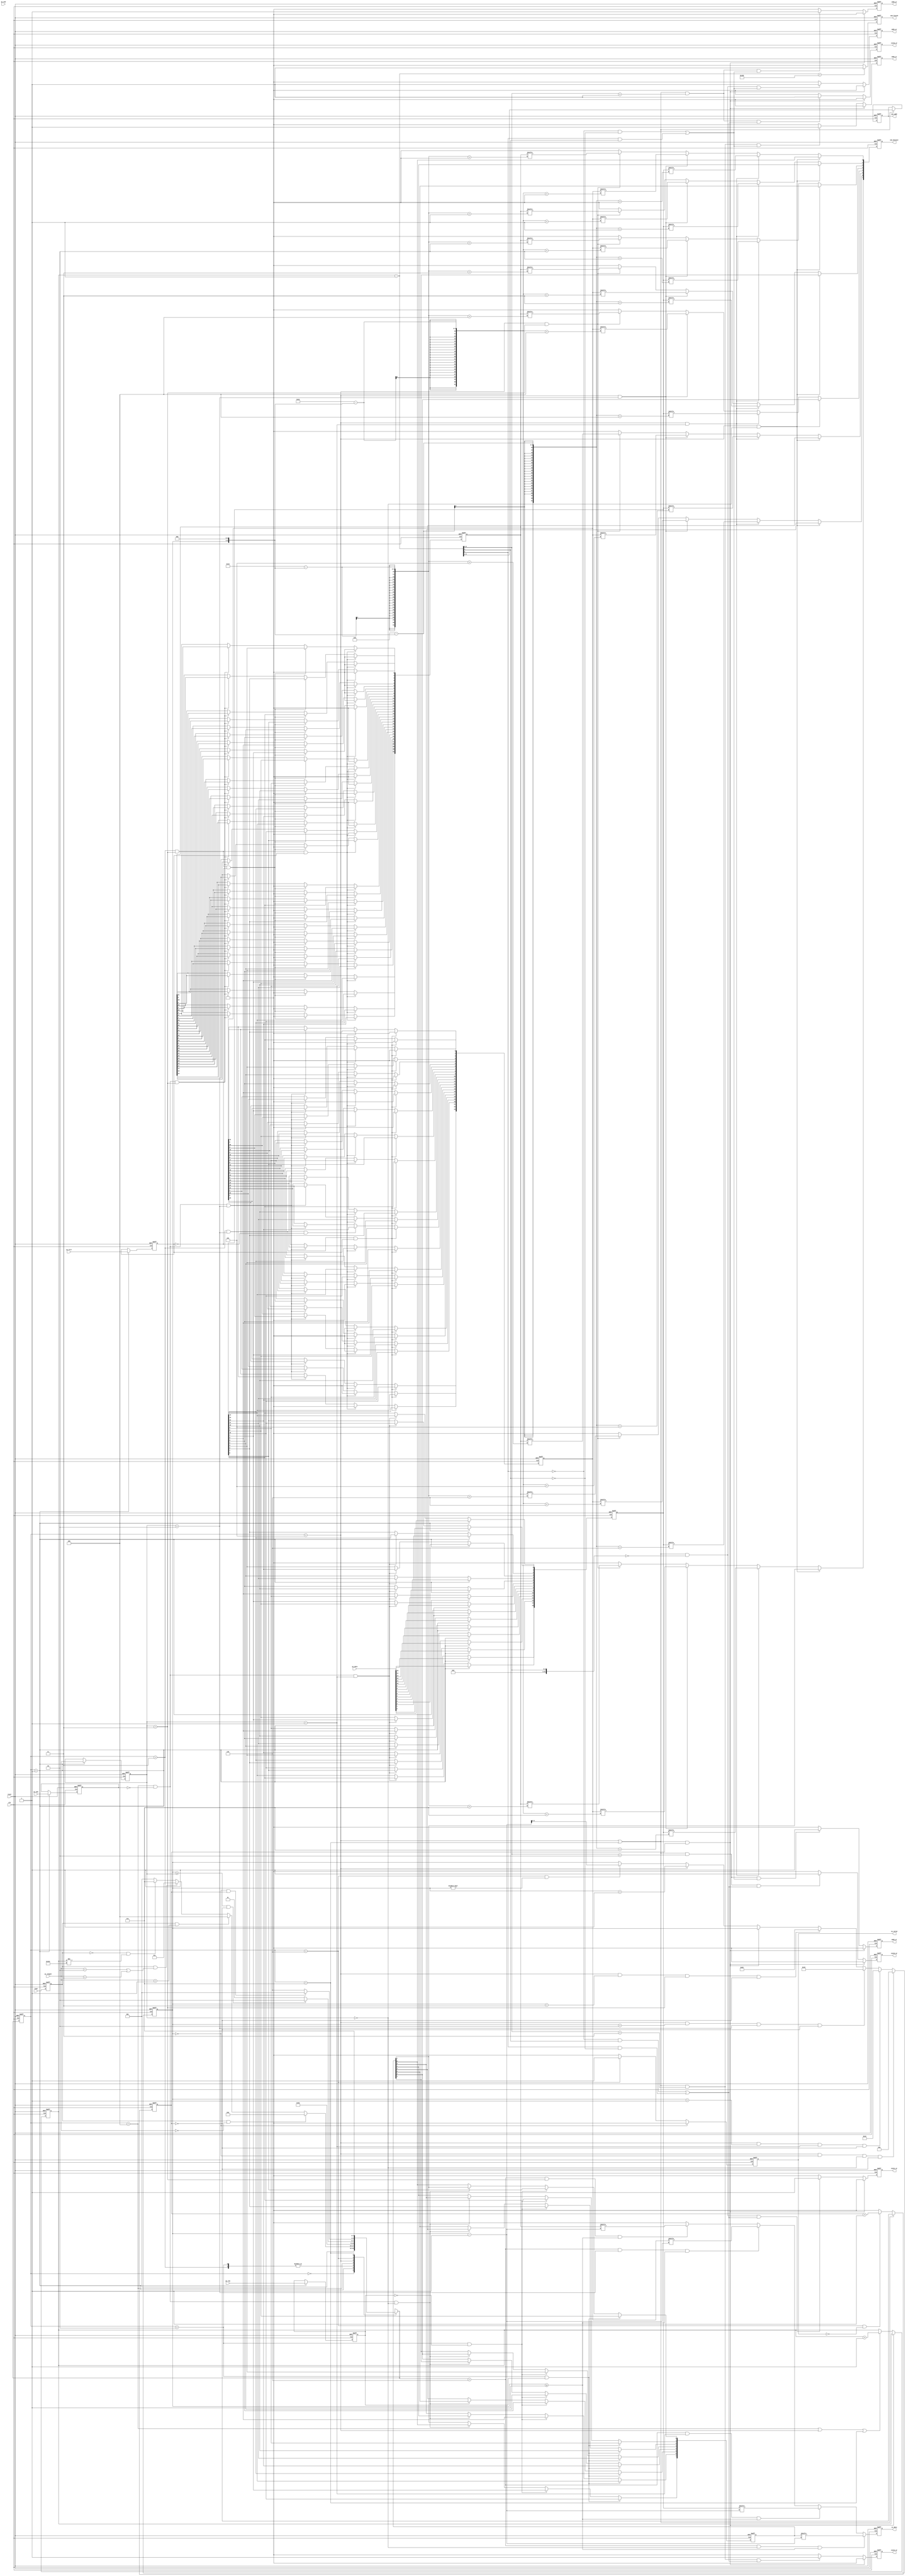
module STI_DAC(clk ,reset, load, pi_data, pi_length, pi_fill, pi_msb, pi_low, pi_end,
	       so_data, so_valid,
	       oem_finish, oem_dataout, oem_addr,
	       odd1_wr, odd2_wr, odd3_wr, odd4_wr, even1_wr, even2_wr, even3_wr, even4_wr);

input		clk, reset;
input		load, pi_msb, pi_low, pi_end; 
input	[15:0]	pi_data;
input	[1:0]	pi_length;
input		pi_fill;
output		so_data, so_valid;

output  oem_finish, odd1_wr, odd2_wr, odd3_wr, odd4_wr, even1_wr, even2_wr, even3_wr, even4_wr;
output [4:0] oem_addr;
output [7:0] oem_dataout;

//==============================================================================
reg so_data;
reg so_valid;

reg oem_finish;
reg odd1_wr;
reg odd2_wr;
reg odd3_wr;
reg odd4_wr;
reg even1_wr;
reg even2_wr;
reg even3_wr;
reg even4_wr;
reg [4:0] oem_addr;
reg [7:0] oem_dataout;

reg [2:0] state ;
reg [2:0] next_state;

reg [15:0] pi_data_reg ;
reg [1:0] pi_length_reg;
reg pi_low_reg;
reg pi_fill_reg;
reg pi_msb_reg;

reg [7:0] pi_length_0_reg;
//reg [15:0] pi_length_1_reg;
reg [23:0] pi_length_2_reg;
reg [31:0] pi_length_3_reg ;

reg [8:0] mem_count;
reg [5:0] so_mem_count;

reg load_counter;
reg load_flag;

always @(posedge clk or posedge reset) begin
	if(reset)
		load_flag <= 0;
	else
		load_flag <= load;
end


integer n;

parameter IDLE = 0;
parameter GET_DATA = 1;
parameter PI_LOW = 2;
parameter PI_FILL = 3;
parameter PI_MSB = 4;
parameter STORE = 5;
parameter SO_OUT = 6;
parameter STORE_0 = 7;


always @(posedge clk or posedge reset) begin
	if(reset)
		load_counter <= 0;
	else if ((state == STORE || state == STORE_0 ))
		load_counter <= !load_counter;
	else if (state == SO_OUT && (!so_valid))
		load_counter <= load_counter + 1;
	else 
		load_counter <= 0;
end


always @(*) begin
	case(state)
		IDLE:next_state=GET_DATA;
		GET_DATA:begin
			if(load_flag && pi_length==0)
				next_state=PI_LOW;
			else if(load_flag && pi_length==1)
				next_state=PI_MSB;
			else if(load_flag && (pi_length==2 || pi_length==3))
				next_state=PI_FILL;
			else if(!load_flag && mem_count!=257)
				next_state=STORE_0;
			else
				next_state=GET_DATA;
		end
		PI_LOW:next_state=PI_MSB;
		PI_FILL:next_state=PI_MSB;
		PI_MSB:next_state=STORE;
		STORE:next_state=(so_mem_count>=pi_length_reg && (!load_counter)) ?SO_OUT:STORE;
		SO_OUT:next_state=(so_mem_count==0 && load_counter )? GET_DATA : SO_OUT;
		STORE_0:next_state=STORE_0;
		default:next_state=IDLE;
	endcase
end




always @(posedge clk or posedge reset) begin
	if(reset)
		state<=IDLE;
	else
		state<=next_state;
end

always @(posedge clk or posedge reset) begin
	if(reset)
		pi_length_reg<=0;
	else if(state==GET_DATA)
		pi_length_reg<=pi_length;
	else
		pi_length_reg<=pi_length_reg;
end

always @(posedge clk or posedge reset) begin
	if(reset)
		pi_low_reg<=0;
	else if(state==GET_DATA)
		pi_low_reg<=pi_low;
	else
		pi_low_reg<=pi_low_reg;
end

always @(posedge clk or posedge reset) begin
	if(reset)
		pi_msb_reg<=0;
	else if(state==GET_DATA)
		pi_msb_reg<=pi_msb;
	else
		pi_msb_reg<=pi_msb_reg;
end

always @(posedge clk or posedge reset) begin
	if(reset)
		pi_fill_reg<=0;
	else if(state==GET_DATA)
		pi_fill_reg<=pi_fill;
	else
		pi_fill_reg<=pi_fill_reg;
end

always @(posedge clk or posedge reset) begin
	if(reset)
		pi_data_reg<=0;
	else if(state==GET_DATA)
		pi_data_reg<=pi_data;
	else if(state==PI_MSB && !pi_msb_reg && pi_length_reg==1)begin
		for(n = 0; n < 16; n=n+1)begin
			pi_data_reg[n] <= pi_data_reg[15-n];
		end
	end
	else
		pi_data_reg<=pi_data_reg;
end

always @(posedge clk or posedge reset) begin
	if(reset)
		pi_length_0_reg<=0;
	else if(state==PI_LOW && pi_low_reg)
		pi_length_0_reg<=pi_data_reg[15:8];
	else if(state==PI_LOW && !pi_low_reg)
		pi_length_0_reg<=pi_data_reg[7:0];
	else if(state==PI_MSB && !pi_msb_reg && pi_length_reg==0)begin
		for(n = 0; n < 8; n=n+1)begin
			pi_length_0_reg[n] <= pi_length_0_reg[7-n];
		end
	end
	else
		pi_length_0_reg<=pi_length_0_reg;

end

always @(posedge clk or posedge reset) begin
	if(reset)
		pi_length_2_reg<=0;
	else if(state==PI_FILL && pi_length_reg==2 && pi_fill_reg)
		pi_length_2_reg<={pi_data_reg,{8{1'b0}}};
	else if(state==PI_FILL && pi_length_reg==2 && !pi_fill_reg)
		pi_length_2_reg<={{8{1'b0}},pi_data_reg};
	else if(state==PI_MSB && !pi_msb_reg && pi_length_reg==2)begin
		for(n = 0; n < 24; n=n+1)begin
			pi_length_2_reg[n] <= pi_length_2_reg[23 - n];
		end
	end
	else
		pi_length_2_reg<=pi_length_2_reg;
end

always @(posedge clk or posedge reset) begin
	if(reset)
		pi_length_3_reg<=0;
	else if(state==PI_FILL && pi_length_reg==3 && pi_fill_reg)
		pi_length_3_reg<={pi_data_reg,{16{1'b0}}};
	else if(state==PI_FILL && pi_length_reg==3 && !pi_fill_reg)
		pi_length_3_reg<={{16{1'b0}},pi_data_reg};
	else if(state==PI_MSB && !pi_msb_reg && pi_length_reg==3)begin
		for(n = 0; n < 32; n=n+1)begin
			pi_length_3_reg[n] <= pi_length_3_reg[31-n];
		end
	end
	else
		pi_length_3_reg<=pi_length_3_reg;
end

always @(posedge clk or posedge reset) begin
	if(reset)
		mem_count<=0;
	else if( (state==STORE || state == STORE_0) && load_counter)
		mem_count<=mem_count;
	else if( state == PI_MSB ||  state==STORE || state == STORE_0)//!
		mem_count<=mem_count+1;
	
	else
		mem_count<=mem_count;
end

always @(posedge clk or posedge reset) begin
	if(reset)
		so_mem_count<=0;

	else if(state==STORE && so_mem_count==0 && pi_length_reg==0 && !load_counter)
		so_mem_count<=8;
	else if(state==STORE && so_mem_count==1 && pi_length_reg==1 && !load_counter)
		so_mem_count<=16;
	else if(state==STORE && so_mem_count==2 && pi_length_reg==2 && !load_counter)
		so_mem_count<=24;
	else if(state==STORE && so_mem_count==3 && pi_length_reg==3 && !load_counter)
		so_mem_count<=32;
	else if((state == STORE || state == STORE_0 ) && load_counter)//!
		so_mem_count <= so_mem_count;
	else if(state==STORE)
		so_mem_count<=so_mem_count+1;
	else if(state==SO_OUT && so_mem_count!=0)
		so_mem_count<=so_mem_count-1;
	else
		so_mem_count<=so_mem_count;
end

wire [8:0] mem_count_minus1;
assign mem_count_minus1 = mem_count -1 ;

always @(posedge clk or posedge reset) begin
	if(reset)
		oem_addr<=0;
	else if(state==STORE|| state == STORE_0)
		oem_addr<=((mem_count_minus1[5:0]) >> 1) ;//(mem_count[5:0]>>1);
	
	else 
		oem_addr<=oem_addr;
end

always @(posedge clk or posedge reset) begin
	if(reset)
		oem_dataout<=0;
	else if(state==STORE && pi_length_reg==0)
		oem_dataout<=pi_length_0_reg;
	else if(state==STORE && pi_length_reg==1)begin
			for(n = 0; n < 8 ; n=n+1)begin
				oem_dataout[n] <= pi_data_reg[(8-(so_mem_count<<3)) + n];
		end
		end
		//oem_dataout<=pi_data_reg[(15-(so_mem_count<<3)):(15-(so_mem_count<<3)-7)];
	else if(state==STORE && pi_length_reg==2)begin
			for(n = 0; n < 8 ; n=n+1)begin
				oem_dataout[n] <= pi_length_2_reg[(16-(so_mem_count<<3)) + n];
		end
		end
		//oem_dataout<=pi_length_2_reg[(23-(so_mem_count<<3)):(23-(so_mem_count<<3)-7)];
	else if(state==STORE && pi_length_reg==3)begin
			for(n = 0; n < 8 ; n=n+1)begin
				oem_dataout[n] <= pi_length_3_reg[(24-(so_mem_count<<3)) + n];
		end
		end
		//oem_dataout<=pi_length_3_reg[(31-(so_mem_count<<3)):(31-(so_mem_count<<3)-7)];
	else if(state==STORE_0)
		oem_dataout<=0;
	else
		oem_dataout<=0;
end

wire [4:0] mem_count_shift;
assign mem_count_shift = mem_count_minus1>>3;

always @(posedge clk or posedge reset) begin
	if(reset)
		odd1_wr<=0;
	else if((state == STORE || state == STORE_0 ) && load_counter)
		odd1_wr <=0;
	else if((state==STORE || state==STORE_0) && ( mem_count_minus1>>6)==0 && ((! mem_count_minus1[0] && (mem_count_shift[0]==0) || ( mem_count_minus1[0] && (mem_count_shift[0]==1)))) )
		odd1_wr<=1;
	else 
		odd1_wr<=0;
end

always @(posedge clk or posedge reset) begin
	if(reset)
		odd2_wr<=0;
	else if((state == STORE || state == STORE_0 ) && load_counter)
		odd2_wr <=0;
	else if((state==STORE || state==STORE_0) && ( mem_count_minus1>>6)==1 && ((! mem_count_minus1[0] && (mem_count_shift[0]==0) || ( mem_count_minus1[0] && (mem_count_shift[0]==1)))))
		odd2_wr<=1;
	else 
		odd2_wr<=0;
end

always @(posedge clk or posedge reset) begin
	if(reset)
		odd3_wr<=0;
	else if((state == STORE || state == STORE_0 ) && load_counter)
		odd3_wr <=0;
	else if((state==STORE || state==STORE_0) && ( mem_count_minus1>>6)==2 && ((! mem_count_minus1[0] && (mem_count_shift[0]==0) || ( mem_count_minus1[0] && (mem_count_shift[0]==1)))))
		odd3_wr<=1;
	else 
		odd3_wr<=0;
end

always @(posedge clk or posedge reset) begin
	if(reset)
		odd4_wr<=0;
	else if((state == STORE || state == STORE_0 ) && load_counter)
		odd4_wr <=0;
	else if((state==STORE || state==STORE_0) && ( mem_count_minus1>>6)==3 && ((! mem_count_minus1[0] && (mem_count_shift[0]==0) || ( mem_count_minus1[0] && (mem_count_shift[0]==1)))))
		odd4_wr<=1;
	else 
		odd4_wr<=0;
end

always @(posedge clk or posedge reset) begin
	if(reset)
		even1_wr<=0;
	else if((state == STORE || state == STORE_0 ) && load_counter)
		even1_wr <=0;
	else if((state==STORE || state==STORE_0) && ( mem_count_minus1>>6)==0 && ((! mem_count_minus1[0] && (mem_count_shift[0]==1) ) || ( mem_count_minus1[0] && (mem_count_shift[0]==0))))
		even1_wr<=1;
	else 
		even1_wr<=0;
end

always @(posedge clk or posedge reset) begin
	if(reset)
		even2_wr<=0;
	else if((state == STORE || state == STORE_0 ) && load_counter)
		even2_wr <=0;
	else if((state==STORE || state==STORE_0) && ( mem_count_minus1>>6)==1 && ((! mem_count_minus1[0] && (mem_count_shift[0]==1)) || ( mem_count_minus1[0] && (mem_count_shift[0]==0))))
		even2_wr<=1;
	else 
		even2_wr<=0;
end

always @(posedge clk or posedge reset) begin
	if(reset)
		even3_wr<=0;
	else if((state == STORE || state == STORE_0 ) && load_counter)
		even3_wr <=0;
	else if((state==STORE || state==STORE_0) && ( mem_count_minus1>>6)==2 && ((! mem_count_minus1[0] && (mem_count_shift[0]==1)) || ( mem_count_minus1[0] && (mem_count_shift[0]==0))))
		even3_wr<=1;
	else 
		even3_wr<=0;
end

always @(posedge clk or posedge reset) begin
	if(reset)
		even4_wr<=0;
	else if((state == STORE || state == STORE_0 ) && load_counter)
		even4_wr <=0;
	else if((state==STORE || state==STORE_0) && ( mem_count_minus1>>6)==3 && ((! mem_count_minus1[0] && (mem_count_shift[0]==1)) || ( mem_count_minus1[0] && (mem_count_shift[0]==0))))
		even4_wr<=1;
	else 
		even4_wr<=0;
end

always @(posedge clk or posedge reset) begin
	if (reset)
		oem_finish<=0; 
	else if(mem_count_minus1==256)
		oem_finish<=1;
	else
		oem_finish<=0;
end

always @(posedge clk or posedge reset) begin
	if(reset)
		so_valid<=0;
	else if(so_mem_count==0)
		so_valid<=0;
	else if(state==SO_OUT)
		so_valid<=1;

	else 
		so_valid <= 0;
end

//so_mem_count 

always @(posedge clk or posedge reset) begin
	if(reset)
		so_data<=0;
	else if(next_state==SO_OUT && pi_length_reg==0 && (so_mem_count >= 1))
		so_data<=pi_length_0_reg[so_mem_count-1];
	else if(next_state==SO_OUT && pi_length_reg==1 && (so_mem_count >= 1))
		so_data<=pi_data_reg[so_mem_count-1];
	else if(next_state==SO_OUT && pi_length_reg==2 && (so_mem_count >= 1))
		so_data<=pi_length_2_reg[so_mem_count-1];
	else if(next_state==SO_OUT && pi_length_reg==3 && (so_mem_count >= 1))
		so_data<=pi_length_3_reg[so_mem_count-1];
	else
		so_data<=0;
end

endmodule